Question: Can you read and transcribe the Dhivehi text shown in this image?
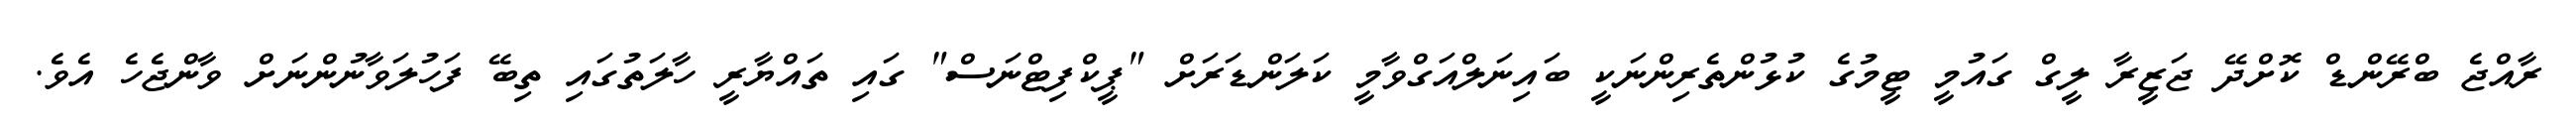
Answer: ރާއްޖެ ބްރޭންޑް ކޮށްދޭ ޖަޒީރާ ލީގް ގައުމީ ޓީމުގެ ކުޅުންތެރިންނަކީ ބައިނަލްއަގްވާމީ ކަލަންޑަރަށް "ޕީކްފިޓްނަސް" ގައި ތައްޔާރީ ހާލަތުގައި ތިބޭ ފަހުލަވާނުންނަށް ވާންޖެހެ އެވެ.